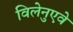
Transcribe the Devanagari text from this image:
विलेनुएवे